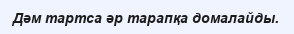
Дәм тартса әр тарапқа домалайды.